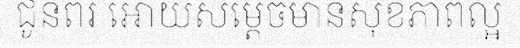
ជូនពរ អោយសម្តេចមានសុខភាពល្អ